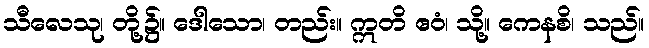
သီလေသု၊ တို့၌။ ဒေါသော၊ တည်း။ ဣတိ ဧဝံ၊ သို့။ ကေနစိ၊ သည်။